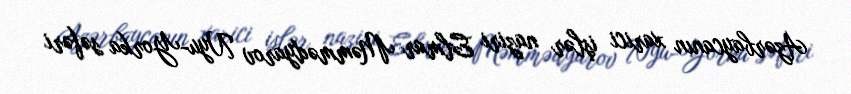
Azərbaycanın xarici işlər naziri Elmar Məmmədyarov Nyu-Yorka səfəri